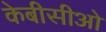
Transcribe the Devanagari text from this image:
केबीसीओ